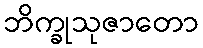
ဘိက္ခုသုဇာတော